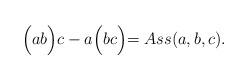
LaTeX: \begin{align*} \Bigl( ab \Bigl)c - a\Bigl( bc \Bigl) = Ass(a,b,c).\end{align*}